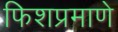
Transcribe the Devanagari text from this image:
फिशप्रमाणे